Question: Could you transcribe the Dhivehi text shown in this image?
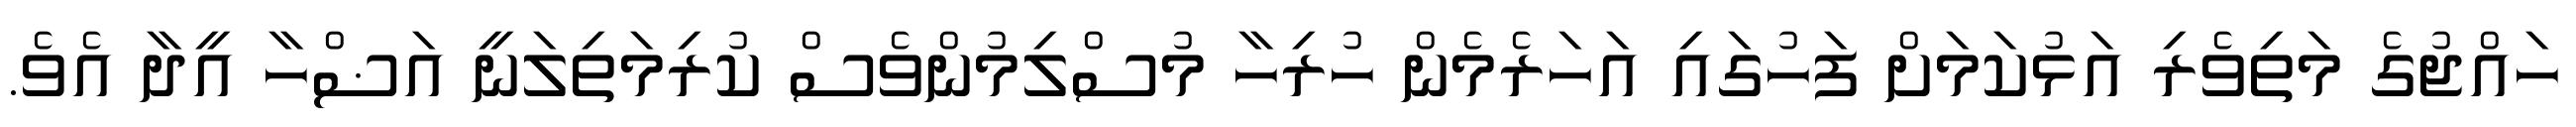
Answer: ހައްޖުގެ މަތިވެރި އަޅުކަމަށް ފަހުގައި އަހަރެމެން ހުރިހާ މުސްލިމުންވެސް ކުރިމަތިލަނީ އަޟްހާ އީދާ އެވެ.